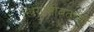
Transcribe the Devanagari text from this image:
स्त्रियांसोबतच्या